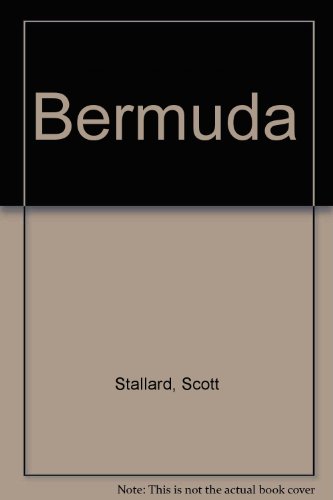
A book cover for Bermuda; Scott Stallard; Travel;